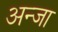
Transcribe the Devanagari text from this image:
अन्जा